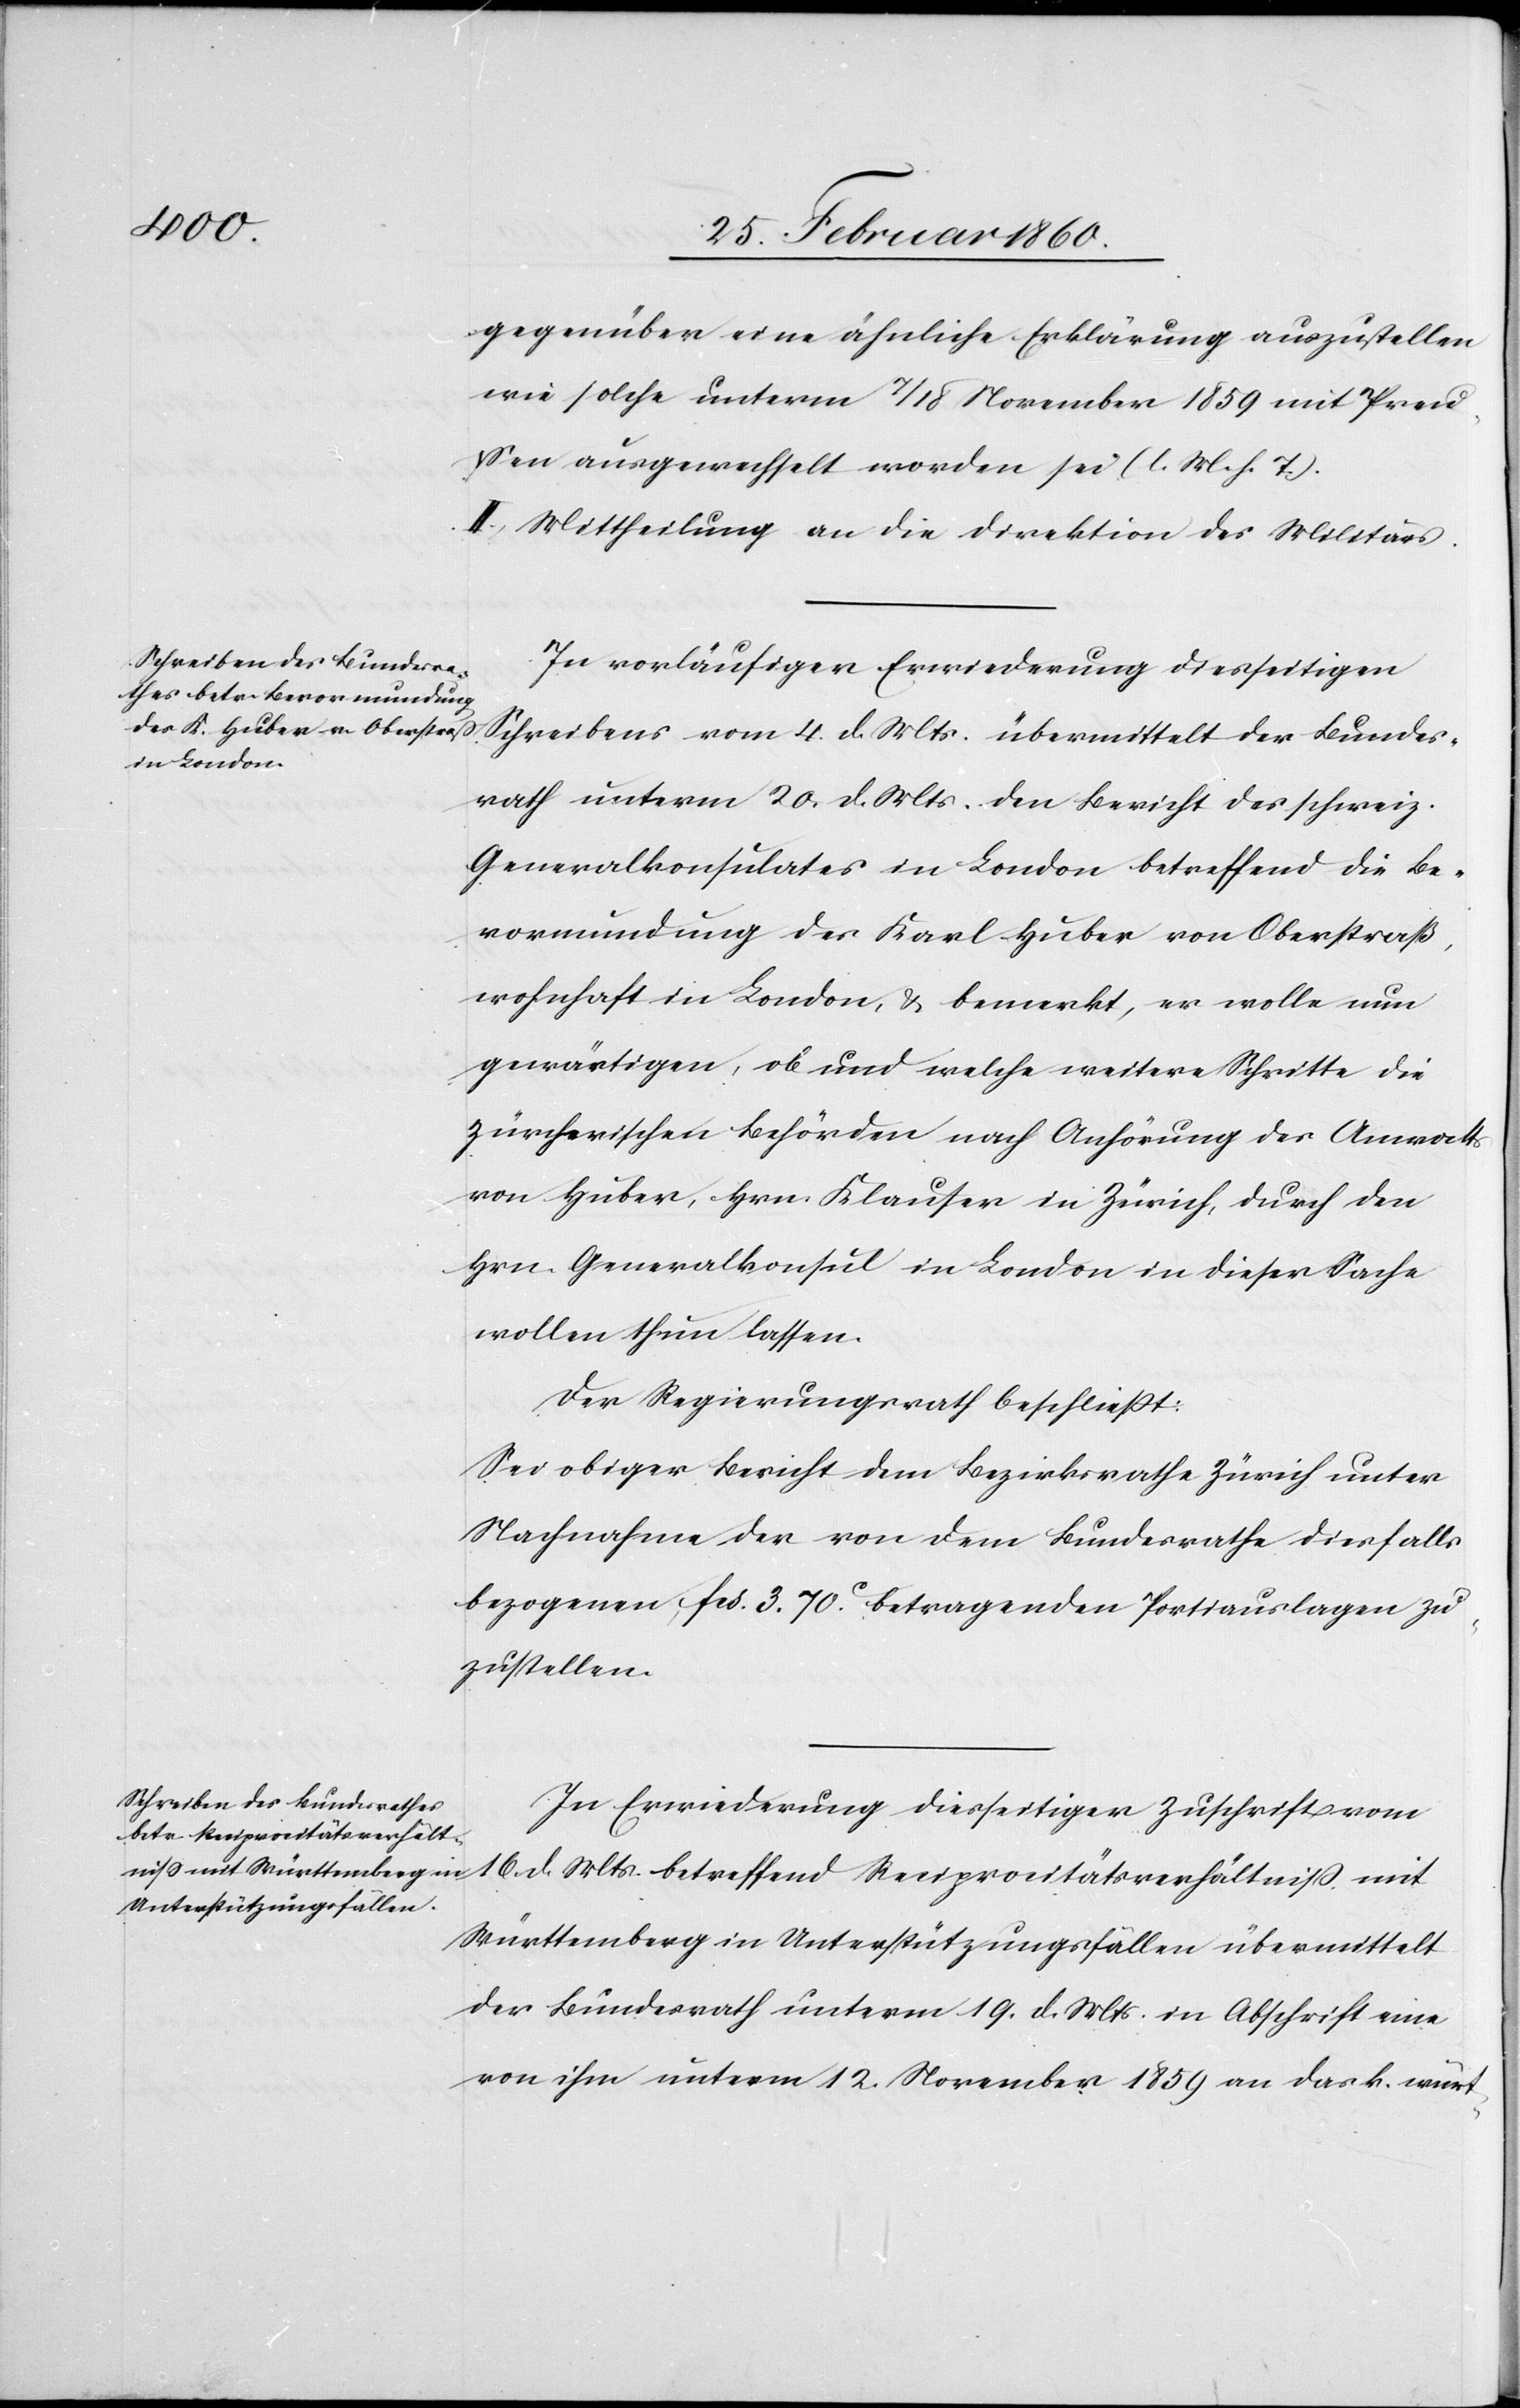
gegenüber eine ähnliche Erklärung auszustellen
wie solche unterm 7/18 November 1859 mit Preu¬
ssen ausgewechselt worden sei. [l. M. h. T]
II. Mittheilung an die Direktion des Militärs.
In vorläufiger Erwiederung diesseitigen
Schreibens vom 4. d. Mts. übermittelt der Bundes¬
rath unterm 20. d. Mts. den Bericht des schweiz.
Generalkonsulates in London betreffend die Be¬
vormundung des Karl Huber von Oberstrass,
wohnhaft in London, u. bemerkt, er wolle nun
gewärtigen, ob und welche weitere Schritte die
Zürcherischen Behörden nach Anhörung des Anwalts
von Huber, Hrn. Klauser in Zürich, durch den
Hrn. Generalkonsul in London in dieser Sache
wollen thun lassen.
Der Regierungsrath beschliesst:
Sei obiger Bericht dem Bezirksrathe Zürich unter
Nachnahme der von dem Bundesrathe diesfalls
bezogenen fcs. 3. 70C betragenden Portiauslagen zu¬
zustellen.
In Erwiederung diesseitiger Zuschrift vom
Württemberg in Unterstützungsfällen übermittelt
der Bundesrath unterm 19. d. Mts. in Abschrift eine
von ihm unterm 12. November 1859 an das k. würt-